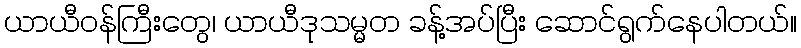
ယာယီဝန်ကြီးတွေ၊ ယာယီဒုသမ္မတ ခန့်အပ်ပြီး ဆောင်ရွက်နေပါတယ်။